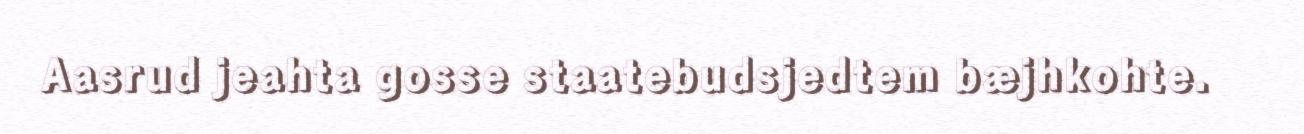
Aasrud jeahta gosse staatebudsjedtem bæjhkohte.